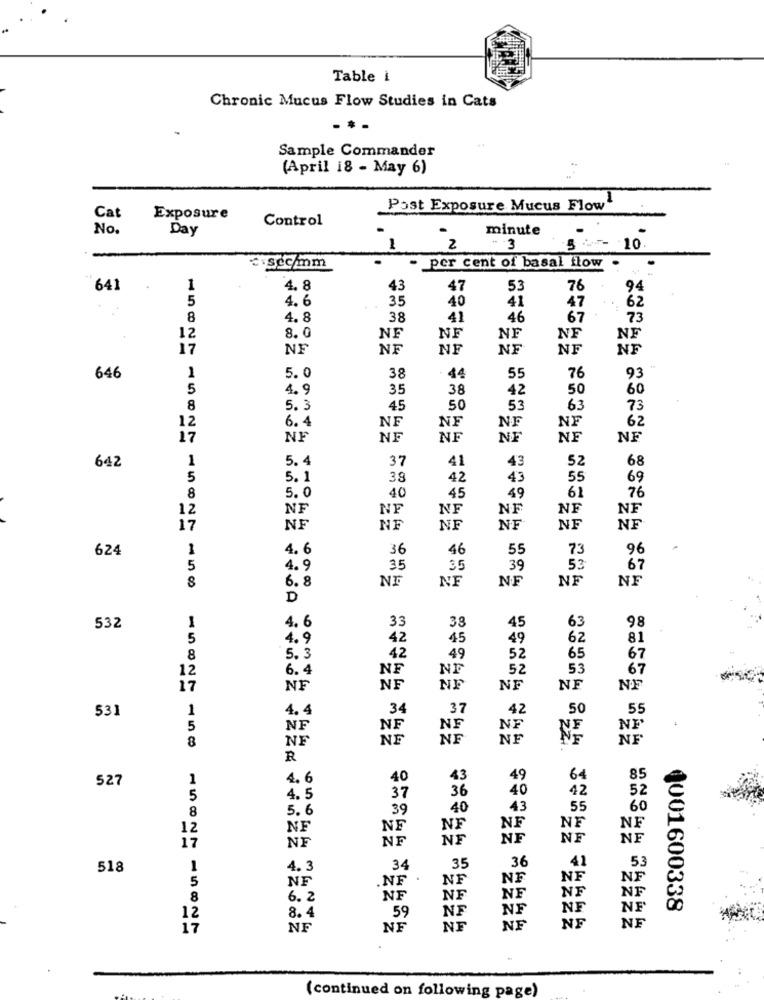
Table i
Chronic Mucus Flow Studies in Cats
Sample Commander
(April 18 - May 6)
Post Exposure Mucus Flow
Cat
Exposure
Control
No.
Day
minute
1
2
- 3
5 - 10.
csecmm
- per cent of basal flow
641
1
4.8
43
47
53
76
94
5
4.6
35
40
41
62
47
8
4.8
38
41
46
67
73
12
8.0
NF
NF
NF
NF
NF
17
NF
NF
NF
NF
5.0
38
76
646
1
44
55
93
5
4.9
35
38
42
50
60
8
5. 3
45
50
53
63
73
6.4
NF
NF
NF
NF
62
12
17
NF
NF
NF
NE
NF
NF
642
1
5. 4
37
43
52
68
41
5
5. 1
38
42
43
55
69
76
8
5. 0
40
45
49
61
12
NF
NF
NF
NF
NF
NF
17
NF
NF
NF
NF
NF
NF
624
1
4. 6
36
46
55
73
96
5
4.9
35
35
39
53
67
6. 8
NF
NF
NF
NF
NF
D
1
33
38
63
532
4. 6
45
98
5
4.9
42
45
49
62
81
8
5. 3
42
49
52
65
67
12
6.4
NF
NE
52
53
67
17
NF
NE
NF
NF
NF
NF
1
4.4
34
.37
42
50
55
531
5
NF
NF
NF
NF
NE
8
NE
NE
NE
NF
NF
R
527
1
4.6
40
43
49
64
85
36
40
42
52
5
4.5
37
5.6
39
40
43
55
60
8
12
NF
NF
NF
NF
NF
NF
NE
NF
NF
NE
NE
17
NF
5
518
1
4.3
34
35
36
41
5
NF
NF
NF
NF
NF
NF
8
6. 2
NF
NF
NF
NE
NF
NF
NF
NF
1001600338
12
8.4
59
NF
NE
17
NF
NE
NE
NF
NE
(continued on following page)